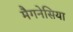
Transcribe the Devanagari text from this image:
मैगनेसिया